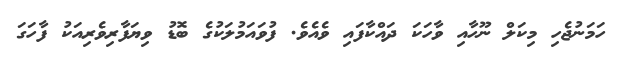
ހަމަނުޖެހި މިކަލް ނޫހާއި ވާހަކަ ދައްކާފައި ވެއެވެ. ފުވައަމުލަކުގެ ބޮޑު ވިޔަފާރިވެރިއަކު ފާހަގަ